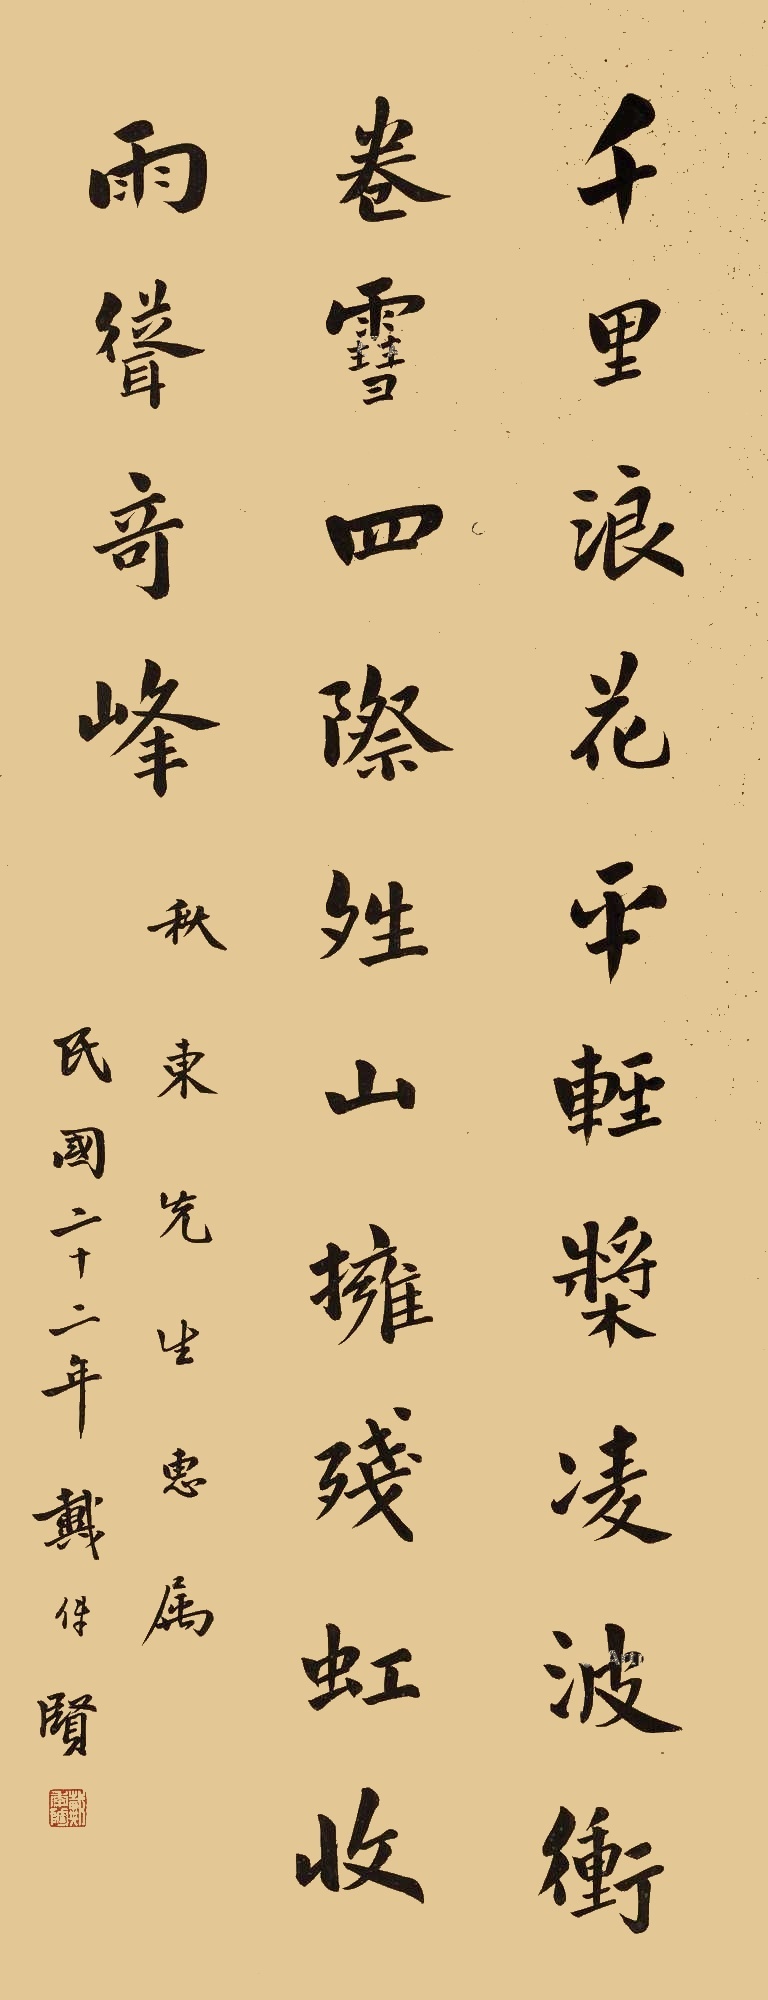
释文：千里浪花平，轻桨凌波冲卷雪;四际晴山拥，残虹收雨耸奇峰。秋东先生惠属，民国二十二年戴传贤。